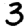
Digit: 3